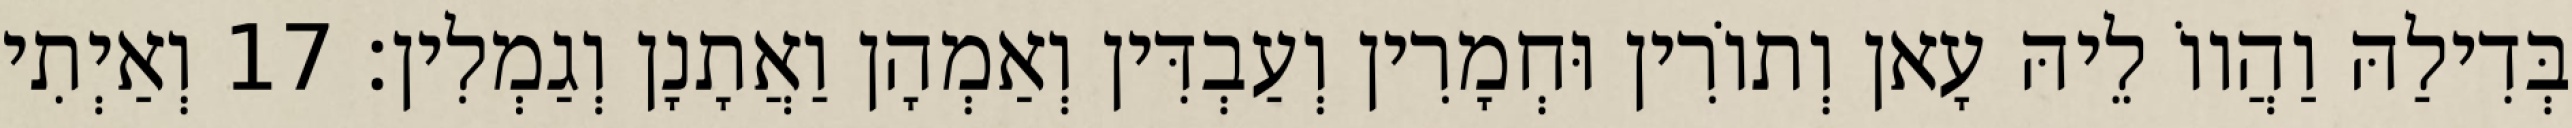
בְּדִילַהּ וַהֲווֹ לֵיהּ עָאן וְתוֹרִין וּחְמָרִין וְעַבְדִּין וְאַמְהָן וַאֲתָנָן וְגַמְלִין׃ 17 וְאַיְתִי